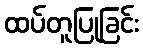
ထပ်တူပြုခြင်း